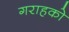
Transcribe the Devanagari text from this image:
गराहको